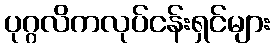
ပုဂ္ဂလိကလုပ်ငန်းရှင်များ